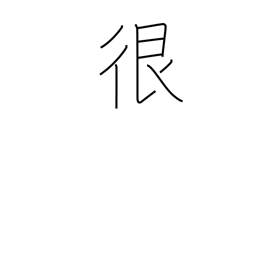
Meaning: dispute